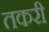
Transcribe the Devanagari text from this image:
तकरी